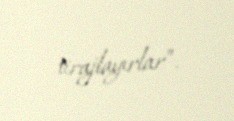
tirajlayırlar”.